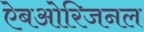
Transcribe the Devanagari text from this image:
ऐबओरिजनल